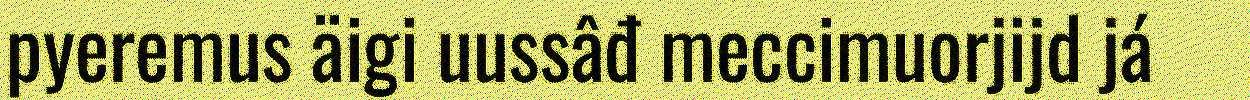
pyeremus äigi uussâđ meccimuorjijd já